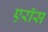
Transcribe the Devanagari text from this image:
एरॉस